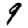
Digit: 9